Report of the Indian Hemp Drugs Commission, 1894-1895 - Volume IV
Year: 1894
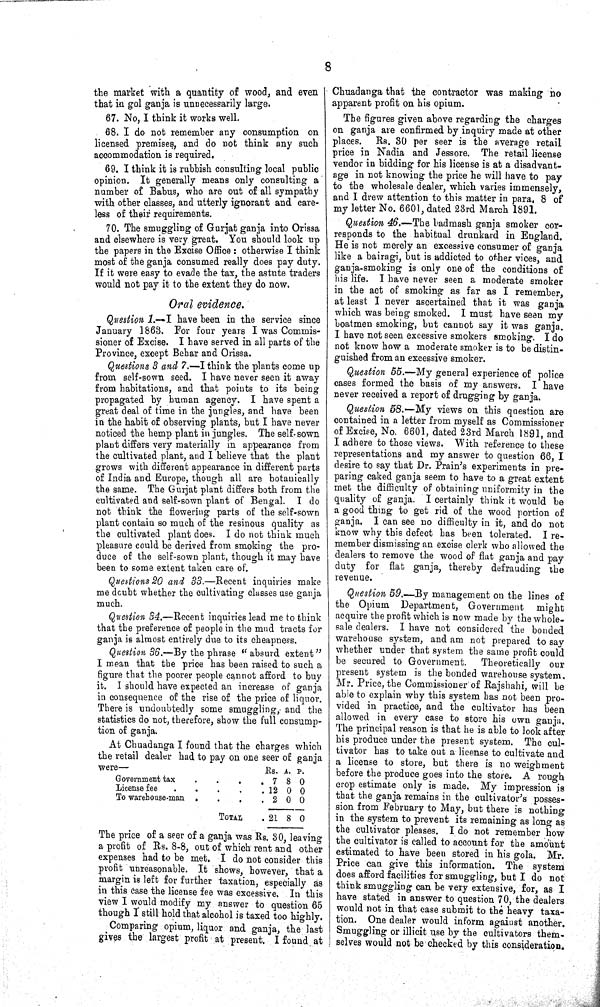
8
the market with a quantity of wood, and even
that in gol ganja is unnecessarily large.
67. No, I think it works well.
68. I do not remember any consumption on
licensed premises, and do not think any such
accommodation is required.
69. I think it is rubbish consulting local public
opinion. It generally means only consulting a
number of Babus, who are out of all sympathy
with other classes, and utterly ignorant and care-
less of their requirements.
70. The smuggling of Gurjat ganja into Orissa
and elsewhere is very great. You should look up
the papers in the Excise Office: otherwise I think
most of the ganja consumed really does pay duty.
If it were easy to evade the tax, the astute traders
would not pay it to the extent they do now.
Oral evidence.
Question 1.—I have been in the service since
January 1863. For four years I was Commis-
sioner of Excise. I have served in all parts of the
Province, except Behar and Orissa.
Questions 3 and 7.—I think the plants come up
from self-sown seed. I have never seen it away
from habitations, and that points to its being
propagated by human agency. I have spent a
great deal of time in the jungles, and have been
in the habit of observing plants, but I have never
noticed the hemp plant in jungles. The self-sown
plant differs very materially in appearance from
the cultivated plant, and I believe that the plant
grows with different appearance in different parts
of India and Europe, though all are botanically
the same. The Gurjat plant differs both from the
cultivated and self-sown plant of Bengal. I do
not think the flowering parts of the self-sown
plant contain so much of the resinous quality as
the cultivated plant does. I do not think much
pleasure could be derived from smoking the pro-
duce of the self-sown plant, though it may have
been to some extent taken care of.
Questions 20 and 33.—Recent inquiries make
me doubt whether the cultivating classes use ganja
much.
Question 34.—Recent inquiries lead me to think
that the preference of people in the mud tracts for
ganja is almost entirely due to its cheapness.
Question 36.—By the phrase "absurd extent"
I mean that the price has been raised to such a
figure that the poorer people cannot afford to buy
it. I should have expected an increase of ganja
in consequence of the rise of the price of liquor.
There is undoubtedly some smuggling, and the
statistics do not, therefore, show the full consump-
tion of ganja.
At Chuadanga I found that the charges which
the retail dealer had to pay on one seer of ganja
were—
Rs. A. P.
Government tax
7 8 0
License fee
12 0 0
To warehouse-man
2 0 0
TOTAL
21 8 0
The price of a seer of a ganja was Rs. 30, leaving
a profit of Rs. 8-8, out of which rent and other
expenses had to be met. I do not consider this
profit unreasonable. It shows, however, that a
margin is left for further taxation, especially as
in this case the license fee was excessive. In this
view I would modify my answer to question 65
though I still hold that alcohol is taxed too highly.
Comparing opium, liquor and ganja, the last
gives the largest profit at present. I found at
Chuadanga that the contractor was making no
apparent profit on his opium.
The figures given above regarding the charges
on ganja are confirmed by inquiry made at other
places.
Rs. 30 per seer is the average retail
price in Nadia and Jessore. The retail license
vendor in bidding for his license is at a disadvant-
age in not knowing the price he will have to pay
to the wholesale dealer, which varies immensely,
and I drew attention to this matter in para. 8 of
my letter No. 6601, dated 23rd March 1891.
Question 46.—The badmash ganja smoker cor-
responds to the habitual drunkard in England.
He is not merely an excessive consumer of ganja
like a bairagi, but is addicted to other vices, and
ganja-smoking is only one of the conditions of
his life. I have never seen a moderate smoker
in the act of smoking as far as I remember,
at least I never ascertained that it was ganja
which was being smoked. I must have seen my
boatmen smoking, but cannot say it was ganja.
I have not seen excessive smokers smoking. I do
not know how a moderate smoker is to be distin-
guished from an excessive smoker.
Question 55.—My general experience of police
cases formed the basis of my answers. I have
never received a report of drugging by ganja.
Question 58.—My views on this question are
contained in a letter from myself as Commissioner
of Excise, No. 6601, dated 23rd March 1891, and
I adhere to those views. With reference to these
representations and my answer to question 66, I
desire to say that Dr. Prain's experiments in pre-
paring caked ganja seem to have to a great extent
met the difficulty of obtaining uniformity in the
quality of ganja. I certainly think it would be
a good thing to get rid of the wood portion of
ganja. I can see no difficulty in it, and do not
know why this defect has been tolerated. I re-
member dismissing an excise clerk who allowed the
dealers to remove the wood of flat ganja and pay
duty for flat ganja, thereby defrauding the
revenue.
Question 59.—By management on the lines of
the Opium Department, Government
might
acquire the profit which is now made by the whole-
sale dealers. I have not considered the bonded
warehouse system, and am not prepared to say
whether under that system the same profit could
be secured to Government.
Theoretically our
present system is the bonded warehouse system.
Mr. Price, the Commissioner of Rajshahi, will be
able to explain why this system has not been pro-
vided in practice, and the cultivator has been
allowed in every case to store his own ganja.
The principal reason is that he is able to look after
his produce under the present system. The cul-
tivator has to take out a license to cultivate and
a license to store, but there is no weighment
before the produce goes into the store. A rough
crop estimate only is made. My impression is
that the ganja remains in the cultivator's posses-
sion from February to May, but there is nothing
in the system to prevent its remaining as long as
the cultivator pleases. I do not remember how
the cultivator is called to account for the amount
estimated to have been stored in his gola. Mr.
Price can give this information. The system
does afford facilities for smuggling, but I do not
think smuggling can be very extensive, for, as I
have stated in answer to question 70, the dealers
would not in that case submit to the heavy taxa-
tion. One dealer would inform against another.
Smuggling or illicit use by the cultivators them-
selves would not be checked by this consideration.